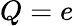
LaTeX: Q=e